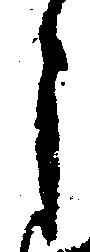
之